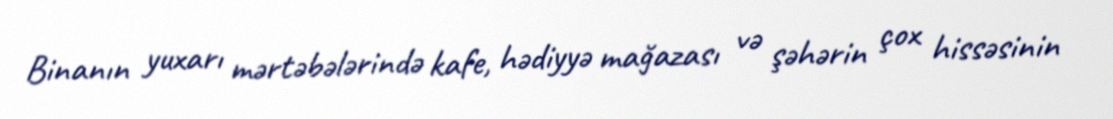
Binanın yuxarı mərtəbələrində kafe, hədiyyə mağazası və şəhərin çox hissəsinin